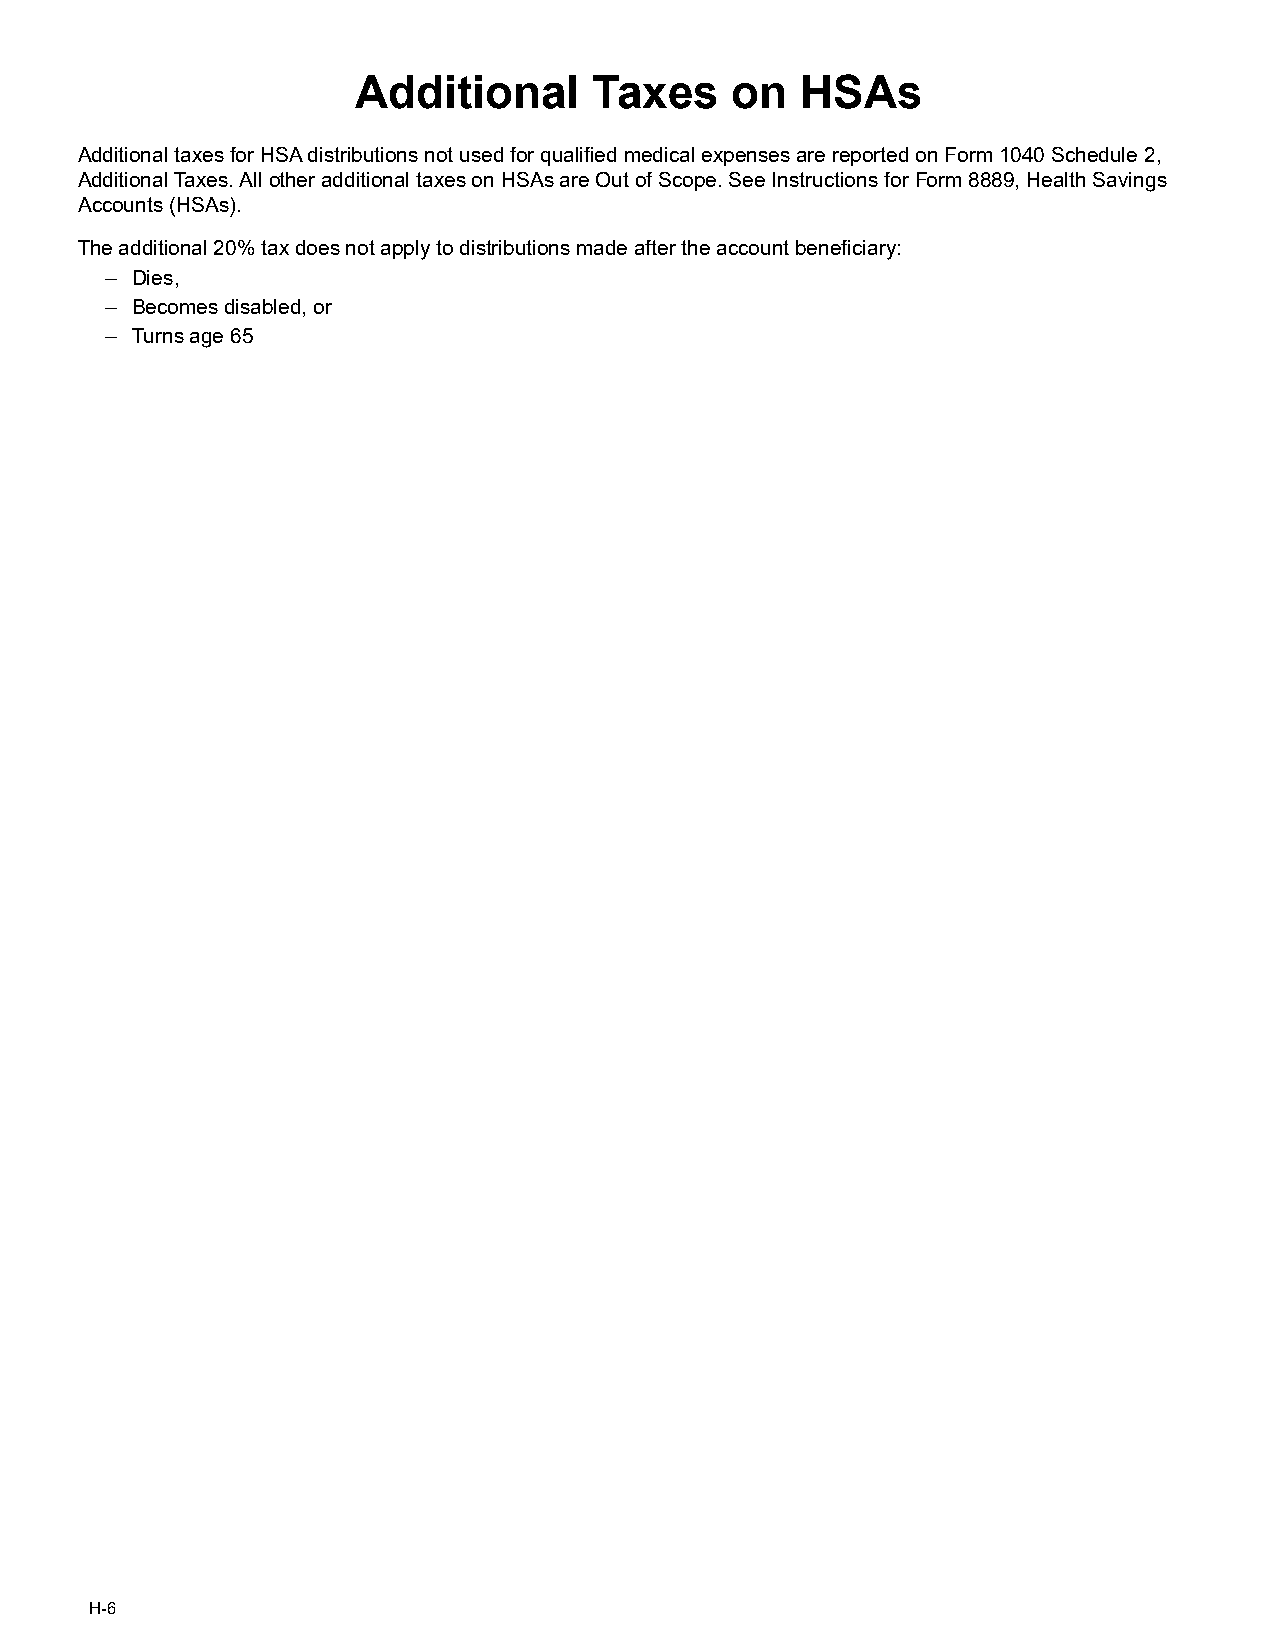
Additional     Taxes    on   HSAs
 Additional taxes for HSA distributions not used for qualified medical expenses are reported on Form 1040 Schedule 2,
 Additional Taxes. All other additional taxes on HSAs are Out of Scope. See Instructions for Form 8889, Health Savings
 Accounts (HSAs).
 The additional 20% tax does not apply to distributions made after the account beneficiary:
 – Dies,
 – Becomes disabled, or
 – Turns age 65
 H-6